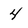
Character: 4